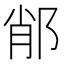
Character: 𨛍